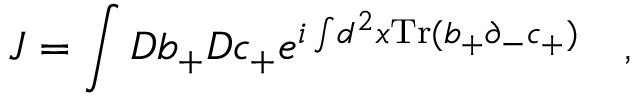
J = \int D b _ { + } D c _ { + } e ^ { i \int \! d ^ { 2 } x \mathrm { T r } ( b _ { + } \partial _ { - } c _ { + } ) } \quad ,